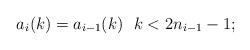
LaTeX: \begin{align*}a_i(k)=a_{i-1}(k) \ \ k< 2n_{i-1}-1;\end{align*}